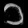
Digit: ၁